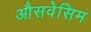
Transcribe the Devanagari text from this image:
औसवेसिम